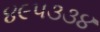
૪૯૫૩૩૪